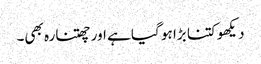
دیکھو کتنا بڑا ہو گیا ہے اور چھتنارہ بھی۔